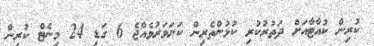
ކުރިން ކުއާޓާއަށް ދަތުރުކުރި ކުޅުންތެރިން ކަށަވަރުވެއްޖެ 6 ގަޑި 24 މިނެޓް ކުރިން